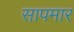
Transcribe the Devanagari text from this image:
सापमार